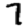
Digit: 7